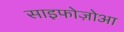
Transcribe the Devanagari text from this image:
साइफोज़ोआ